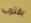
يقترب